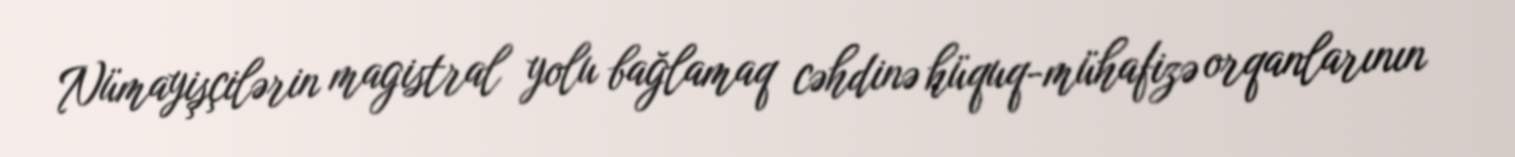
Nümayişçilərin magistral yolu bağlamaq cəhdinə hüquq-mühafizə orqanlarının